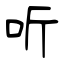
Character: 听